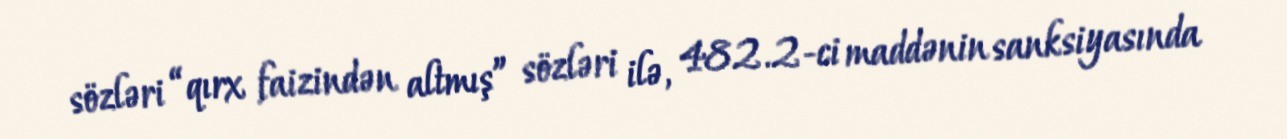
sözləri “qırx faizindən altmış” sözləri ilə, 482.2-ci maddənin sanksiyasında